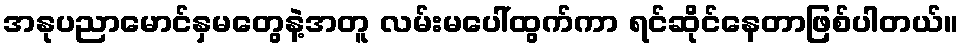
အနုပညာမောင်နှမတွေနဲ့အတူ လမ်းမပေါ်ထွက်ကာ ရင်ဆိုင်နေတာဖြစ်ပါတယ်။